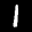
Label: 1